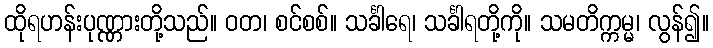
ထိုရဟန်းပုဏ္ဏားတို့သည်။ ဝတ၊ စင်စစ်။ သင်္ခါရေ၊ သင်္ခါရတို့ကို။ သမတိက္ကမ္မ၊ လွန်၍။